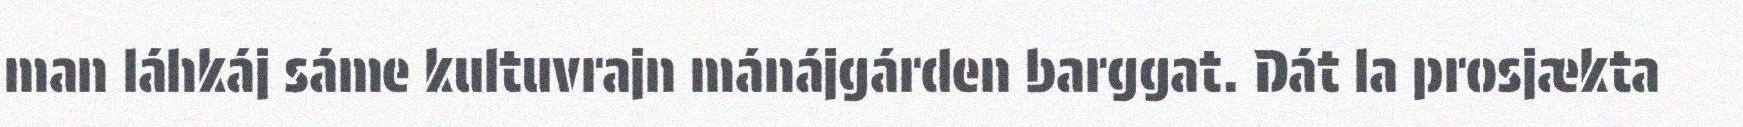
man láhkáj sáme kultuvrajn mánájgárden barggat. Dát la prosjækta